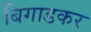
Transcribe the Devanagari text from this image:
बिगाडकर